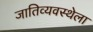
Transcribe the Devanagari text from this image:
जातिव्यवस्थेला